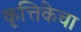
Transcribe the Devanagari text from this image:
कृत्तिकेचा